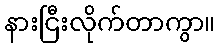
နားငြီးလိုက်တာကွာ။